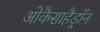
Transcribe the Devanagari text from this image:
ओकैसाहैड्रॉन